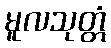
မူလသုတ္တံ